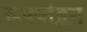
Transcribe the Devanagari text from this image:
रूपयांहून